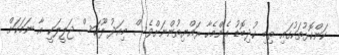
ކަންކޮޅުތަކުގައި ތިބި ކުދިބޮޑު އެންމެހާ ރައްޔިތުންނަށްވެސް މިއަދު ލޫކަސް ޖަލީލަކީ އާ ނަމަކަށް